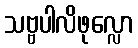
သဗ္ဗပါလိဖုလ္လော